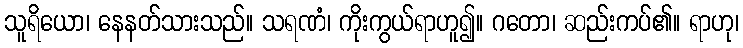
သူရိယော၊ နေနတ်သားသည်။ သရဏံ၊ ကိုးကွယ်ရာဟူ၍။ ဂတော၊ ဆည်းကပ်၏။ ရာဟု၊